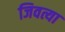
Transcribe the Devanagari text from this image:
जिवत्या